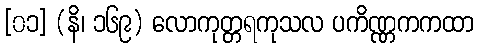
[၀၁] (နိ၊ ၁၆၉) လောကုတ္တရကုသလ ပကိဏ္ဏကကထာ